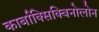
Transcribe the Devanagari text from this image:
कार्बाक्सिक्विनोलोन